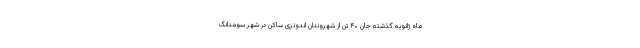
ماه ژانویه گذشته جان ۴۰ تن از شهروندان اندونزی ساکن در شهر سومدانگ